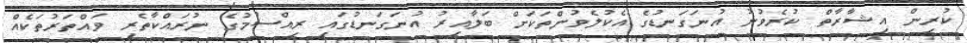
ކުރިން އިޝާރާތް ކުރެވުނު އުނަގަނޑުގެ އެކުލެވުންތަކަށް ބަލާއިރު އުނަގަނޑުގައި ރިއްސުމުގެ ނުރައްކާތެރި ވައްތަރުތަކެއް